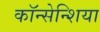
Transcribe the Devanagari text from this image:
कॉन्सेन्शिया